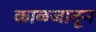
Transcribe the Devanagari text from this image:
काळजातून